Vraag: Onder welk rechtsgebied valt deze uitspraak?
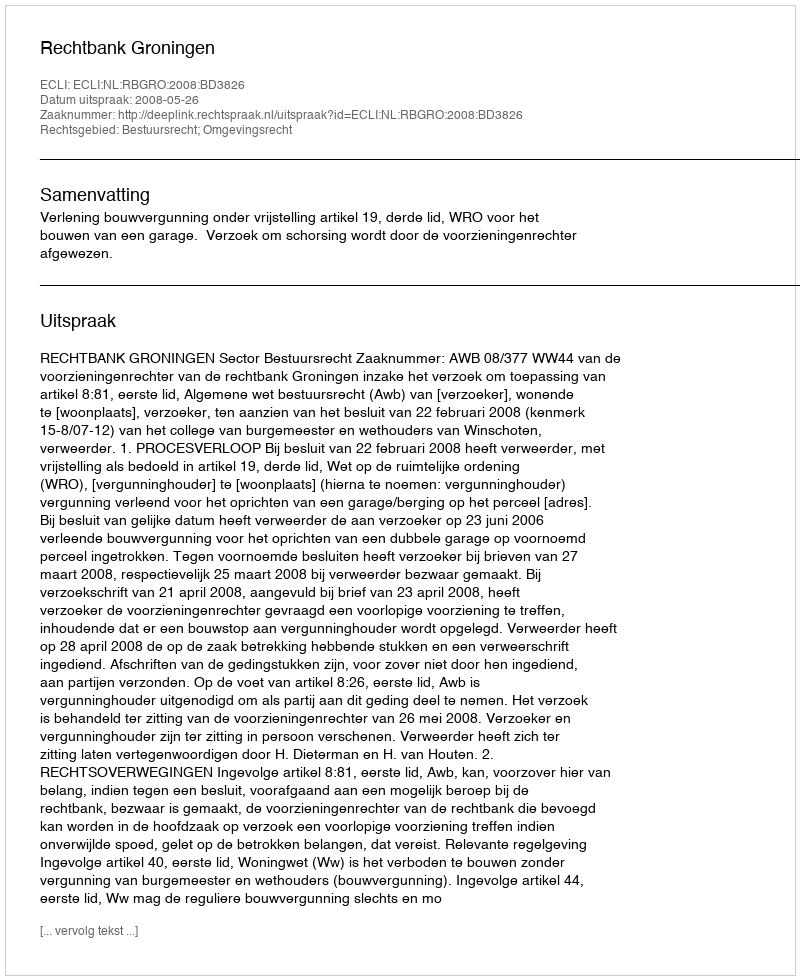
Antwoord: Bestuursrecht; Omgevingsrecht